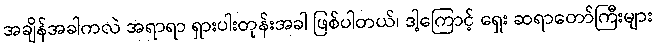
အချိန်အခါကလဲ အရာရာ ရှားပါးတုန်းအခါ ဖြစ်ပါတယ်၊ ဒါ့ကြောင့် ရှေး ဆရာတော်ကြီးများ